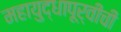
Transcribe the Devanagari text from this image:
महायुद्धापूर्वीची